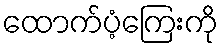
ထောက်ပံ့ကြေးကို